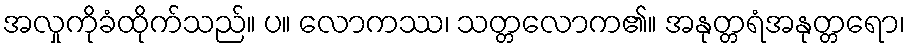
အလှုကိုခံထိုက်သည်။ ပ။ လောကဿ၊ သတ္တလောက၏။ အနုတ္တရံအနုတ္တရော၊